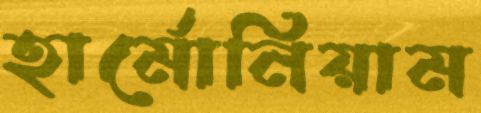
হার্মোনিয়াম